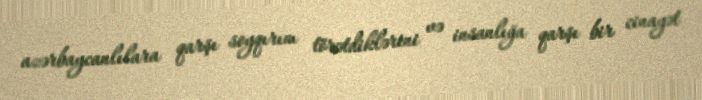
azərbaycanlılara qarşı soyqırım törətdiklərini və insanlığa qarşı bir cinayət